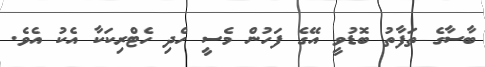
ބާސާގެ ތަފާތު ބޮޑުވީ އޭގެ ފަހުން މެސީ ހެދި ހެޓްރިކަކާ އެކު އެވެ.